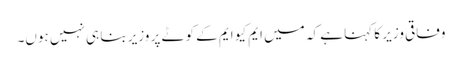
وفاقی وزیر کا کہنا ہے کہ میں ایم کیو ایم کے کوٹے پر وزیر بنا ہی نہیں ہوں۔